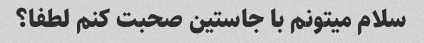
سلام میتونم با جاستین صحبت کنم لطفا؟